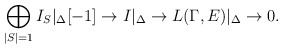
\begin{align*} \bigoplus_{|S| = 1} I_{S}|_\Delta[-1] \to I|_\Delta \to L(\Gamma,E)|_\Delta \to 0.\end{align*}